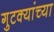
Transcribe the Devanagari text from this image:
गुटक्यांच्या